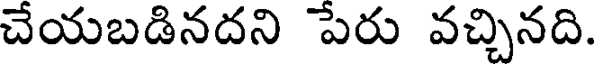
చేయబడినదని పేరు వచ్చినది.